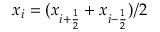
x _ { i } = ( x _ { i + \frac { 1 } { 2 } } + x _ { i - \frac { 1 } { 2 } } ) / 2